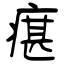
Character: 瘎